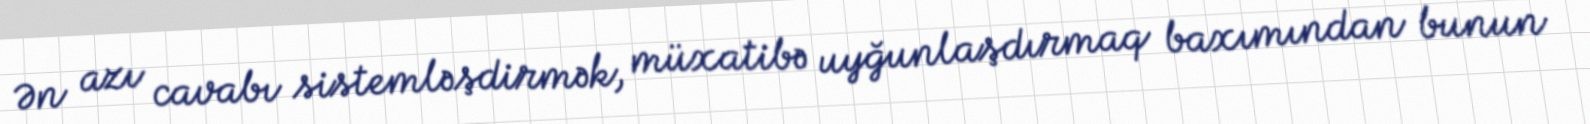
Ən azı cavabı sistemləşdirmək, müxatibə uyğunlaşdırmaq baxımından bunun